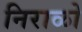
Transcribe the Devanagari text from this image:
निराळो